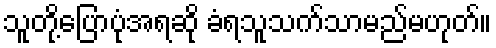
သူတို့ပြောပုံအရဆို ခံရသူသက်သာမည်မဟုတ်။